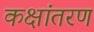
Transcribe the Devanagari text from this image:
कक्षांतरण